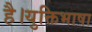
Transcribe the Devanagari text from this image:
है।युक्तिभाषा